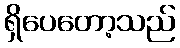
ရှိပေတော့သည်